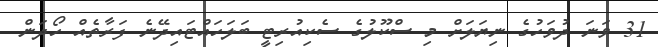
31 ވަނަ ދުވަހުގެ ނިޔަލަށް މި ސްކޫލުގެ ސެކިއުރިޓީ ބަލަހައްޓައިދޭނެ ފަރާތެއް ހޯދަން